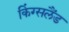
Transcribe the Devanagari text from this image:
किंग्सलैंड